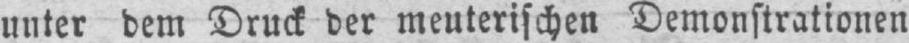
unter dem Druck der meuterischen Demonstrationen